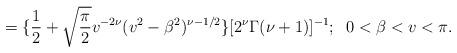
LaTeX: \begin{align*}=\{\frac{1}{2}+\sqrt{\frac{\pi}{2}}v^{-2\nu}(v^2-\beta^2)^{\nu-1/2}\}[2^\nu\Gamma(\nu+1)]^{-1};\;\;0<\beta<v<\pi.\end{align*}